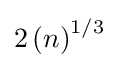
2\left(n\right)^{1/3}